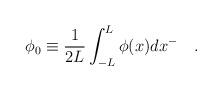
LaTeX: \begin{align*}\phi_0\equiv \frac 1{2L}\int_{-L}^{L}\phi(x)dx^{-} \quad .\end{align*}